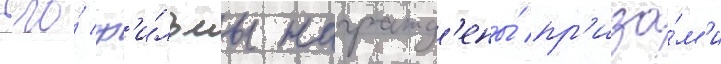
Его́ ф'и́льмы награжд'ены́ пр'иза́м'и